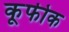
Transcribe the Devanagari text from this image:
कूफीक